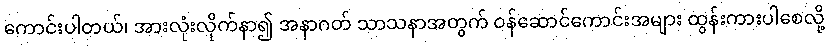
ကောင်းပါတယ်၊ အားလုံးလိုက်နာ၍ အနာဂတ် သာသနာအတွက် ဝန်ဆောင်ကောင်းအများ ထွန်းကားပါစေလို့